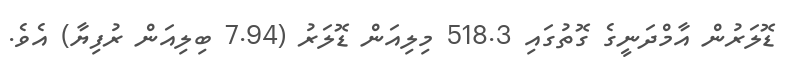
ޑޮލަރުން އާމްދަނީގެ ގޮތުގައި 518.3 މިލިއަން ޑޮލަރު (7.94 ބިލިއަން ރުފިޔާ) އެވެ.